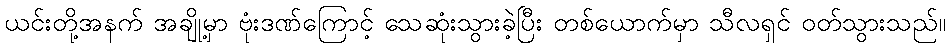
ယင်းတို့အနက် အချို့မှာ ဗုံးဒဏ်ကြောင့် သေဆုံးသွားခဲ့ပြီး တစ်ယောက်မှာ သီလရှင် ဝတ်သွားသည်။